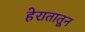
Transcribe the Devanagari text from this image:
हेरातातून